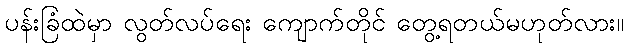
ပန်းခြံထဲမှာ လွတ်လပ်ရေး ကျောက်တိုင် တွေ့ရတယ်မဟုတ်လား။